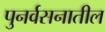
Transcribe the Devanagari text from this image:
पुनर्वसनातील